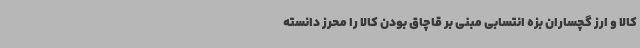
کالا و ارز گچساران بزه انتسابی مبنی بر قاچاق بودن کالا را محرز دانسته